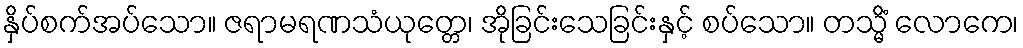
နှိပ်စက်အပ်သော။ ဇရာမရဏသံယုတ္တေ၊ အိုခြင်းသေခြင်းနှင့် စပ်သော။ တသ္မိံ လောကေ၊